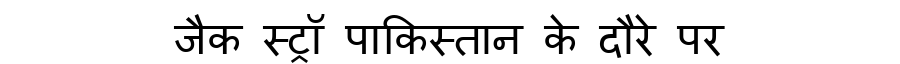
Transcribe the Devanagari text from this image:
जैक स्ट्रॉ पाकिस्तान के दौरे पर